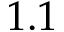
1 . 1